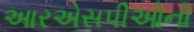
આરએસપીઓનો